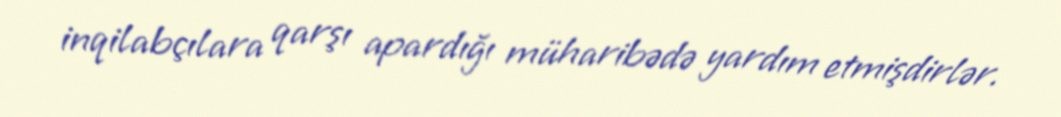
inqilabçılara qarşı apardığı müharibədə yardım etmişdirlər.